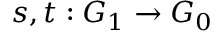
s , t : G _ { 1 } \to G _ { 0 }